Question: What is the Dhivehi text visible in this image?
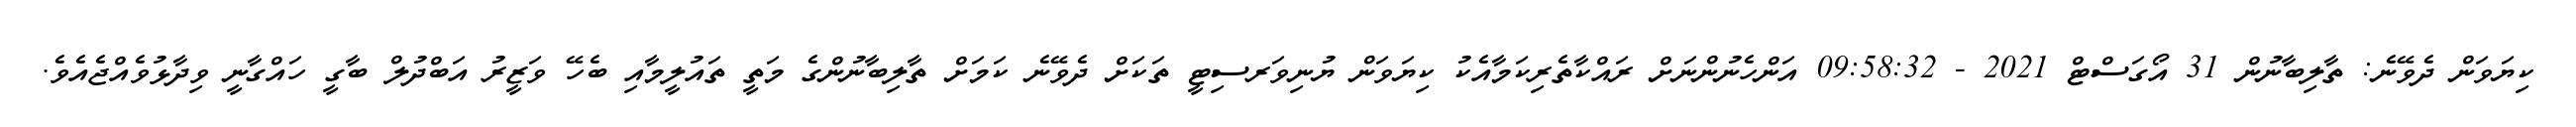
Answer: ކިޔަވަން ދެވޭނެ: ތާލިބާނުން 31 އޯގަސްޓް 2021 - 09:58:32 އަންހެނުންނަށް ރައްކާތެރިކަމާއެކު ކިޔަވަން ޔުނިވަރސިޓީ ތަކަށް ދެވޭނެ ކަމަށް ތާލިބާނުންގެ މަތީ ތައުލީމާއި ބެހޭ ވަޒީރު އަބްދުލް ބާގީ ހައްގާނީ ވިދާޅުވެއްޖެއެވެ.